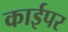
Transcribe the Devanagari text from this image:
काईपर